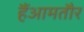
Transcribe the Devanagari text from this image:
हैंआमतौर